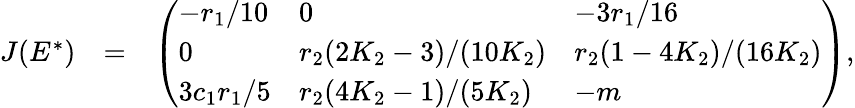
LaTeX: \begin{array}{rlr}{J(E^{*})}&{=}&{\left(\begin{array}{lll}{-r_{1}/10}&{0}&{-3r_{1}/16}\\ {0}&{r_{2}(2K_{2}-3)/(10K_{2})}&{r_{2}(1-4K_{2})/(16K_{2})}\\ {3c_{1}r_{1}/5}&{r_{2}(4K_{2}-1)/(5K_{2})}&{-m}\end{array}\right),}\end{array}